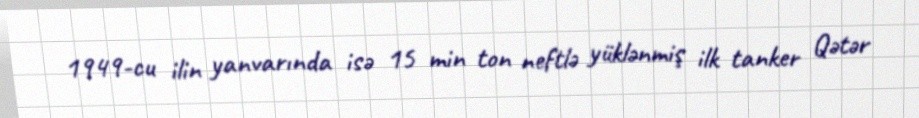
1949-cu ilin yanvarında isə 15 min ton neftlə yüklənmiş ilk tanker Qətər